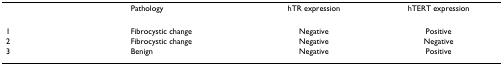
|  | Pathology | hTR expression | hTERT expression |
 | --- | --- | --- | --- |
 | 1 | Fibrocystic change | Negative | Positive |
 | 2 | Fibrocystic change | Negative | Negative |
 | 3 | Benign | Negative | Positive |